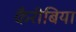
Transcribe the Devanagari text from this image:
कैरीबिया